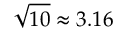
{ \sqrt { 1 0 } } \approx 3 . 1 6